Annual report on the Civil Veterinary Department, Burma (including the Insein Veterinary School) - 1923-1931
Year: 1923
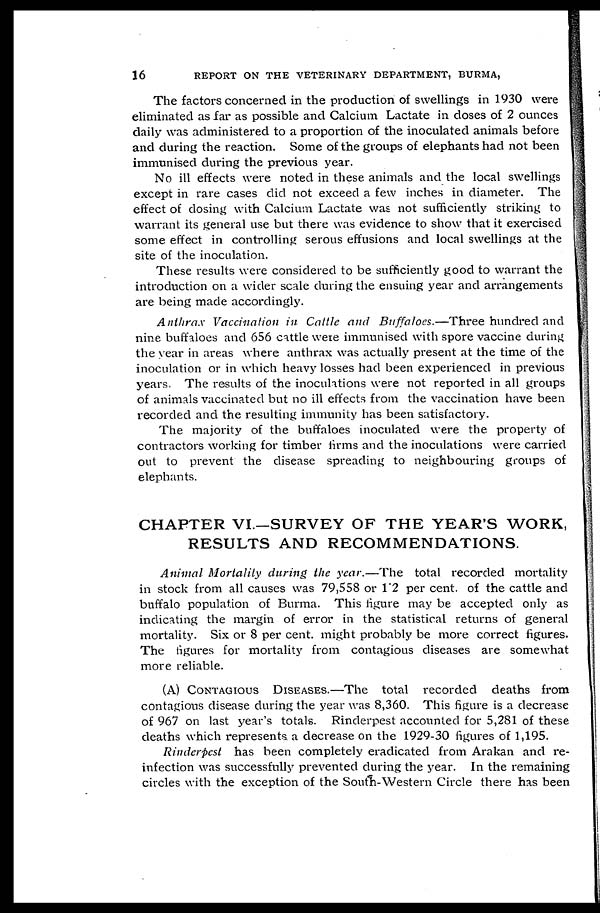
16
REPORT ON THE VETERINARY DEPARTMENT, BURMA,
The factors concerned in the production of swellings in 1930 were
eliminated as far as possible and Calcium Lactate in doses of 2 ounces
daily was administered to a proportion of the inoculated animals before
and during the reaction. Some of the groups of elephants had not been
immunised during the previous year.
No ill effects were noted in these animals and the local swellings
except in rare cases did not exceed a few inches in diameter. The
effect of dosing with Calcium Lactate was not sufficiently striking to
warrant its general use but there was evidence to show that it exercised
some effect in controlling serous effusions and local swellings at the
site of the inoculation.
These results were considered to be sufficiently good to warrant the
introduction on a wider scale during the ensuing year and arrangements
are being made accordingly.
Anthrax Vaccination in Cattle and Buffaloes.—Three hundred and
nine buffaloes and 656 cattle were immunised with spore vaccine during
the year in areas where anthrax was actually present at the time of the
inoculation or in which heavy losses had been experienced in previous
years. The results of the inoculations were not reported in all groups
of animals vaccinated but no ill effects from the vaccination have been
recorded and the resulting immunity has been satisfactory.
The majority of the buffaloes inoculated were the property of
contractors working for timber firms and the inoculations were carried
out to prevent the disease spreading to neighbouring groups of
elephants.
CHAPTER VI—SURVEY OF THE YEAR'S WORK,
RESULTS AND RECOMMENDATIONS.
Animal Mortality during the year.—The total recorded mortality
in stock from all causes was 79,558 or 1.2 per cent. of the cattle and
buffalo population of Burma. This figure may be accepted only as
indicating the margin of error in the statistical returns of general
mortality. Six or 8 per cent. might probably be more correct figures.
The figures for mortality from contagious diseases are somewhat
more reliable.
(A) CONTAGIOUS DISEASES.—The total recorded deaths from
contagious disease during the year was 8,360. This figure is a decrease
of 967 on last year's totals. Rinderpest accounted for 5,281 of these
deaths which represents a decrease on the 1929-30 figures of 1,195.
Rinderpest has been completely eradicated from Arakan and re-
infection was successfully prevented during the year. In the remaining
circles with the exception of the South-Western Circle there has been